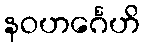
နဝဟင်္ဂေဟိ